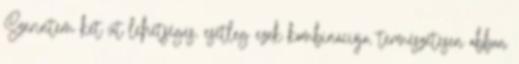
Szerintem két út lehetséges, esetleg ezek kombinációja, természetesen abban